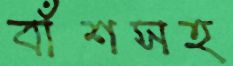
বাঁশসহ